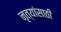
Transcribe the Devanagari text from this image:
नृत्यांसाठी